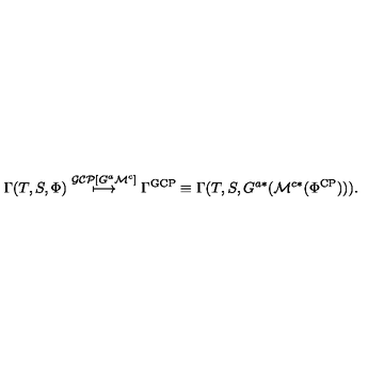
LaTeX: \Gamma ( T , S , \Phi ) \stackrel { \mathcal { G C P } [ G ^ { a } \mathcal { M } ^ { c } ] } { \longmapsto } \Gamma ^ { \mathrm { G C P } } \equiv \Gamma ( T , S , G ^ { a * } ( \mathcal { M } ^ { c * } ( \Phi ^ { \mathrm { C P } } ) ) ) .